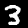
Digit: 3